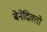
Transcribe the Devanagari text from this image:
बेनेदिक्तो